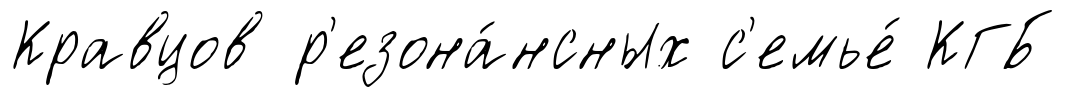
Кравцов р'езона́нсных с'емье́ КГБ